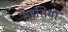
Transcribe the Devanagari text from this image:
सँड़सियाँ